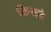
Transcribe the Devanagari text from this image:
किराज़े